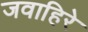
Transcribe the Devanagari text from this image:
जवाहिरे